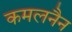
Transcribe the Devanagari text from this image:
कमलनैन